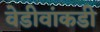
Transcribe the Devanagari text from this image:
वेडीवांकडी